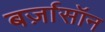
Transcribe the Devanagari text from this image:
बर्ज़ासॉन